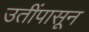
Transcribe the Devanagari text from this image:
उतींपासून